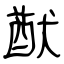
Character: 猷